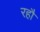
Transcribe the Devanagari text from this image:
रहौ